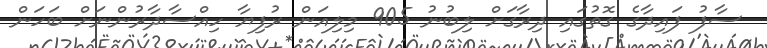
ސާފު ފައިދާގެ ގޮތުގައި ދިރާގަށް ލިބުނު 905 މިލިއަން ރުފިޔާ ހިއްސާދާރުންނަށް ބަހަން